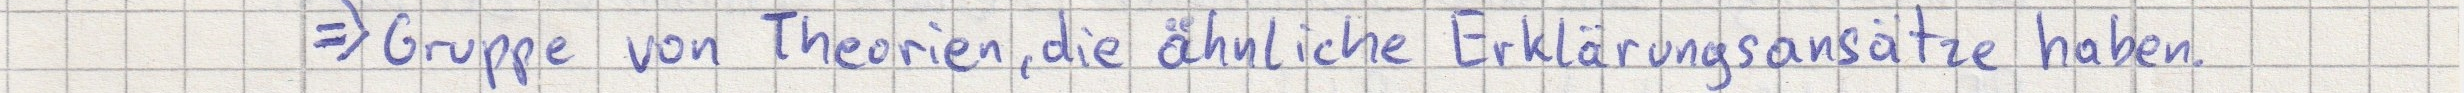
=> Gruppe von Theorien, die ähnliche Erklärungsansätze haben.